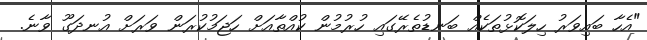
"އެހާ ބައިވަރު ހިލަކޮޅުތަކެއް ބަނޑުތެރޭގައި ހުރުމުން ކުއްތާއަށް ހަޖަމުކުރަން ވަރަށް އުނދަގޫ ވާނެ.